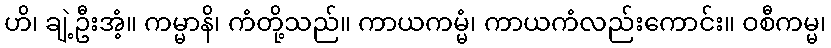
ဟိ၊ ချဲ့ဦးအံ့။ ကမ္မာနိ၊ ကံတို့သည်။ ကာယကမ္မံ၊ ကာယကံလည်းကောင်း။ ဝစီကမ္မ၊